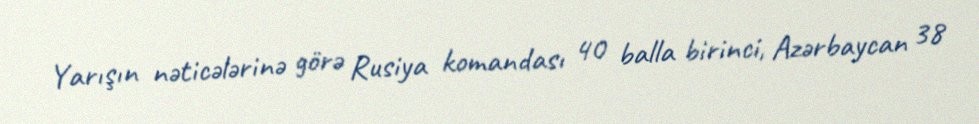
Yarışın nəticələrinə görə Rusiya komandası 40 balla birinci, Azərbaycan 38